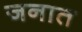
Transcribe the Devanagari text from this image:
जनात